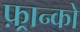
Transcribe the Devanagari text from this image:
फ़्रान्को